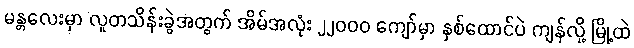
မန္တလေးမှာ လူတသိန်းခွဲအတွက် အိမ်အလုံး ၂၂၀၀၀ ကျော်မှာ နှစ်ထောင်ပဲ ကျန်လို့ မြို့ထဲ